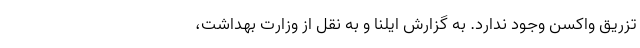
تزریق واکسن وجود ندارد. به گزارش ایلنا و به نقل از وزارت بهداشت،